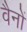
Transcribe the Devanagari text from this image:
वैनों